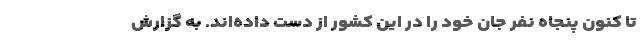
تا کنون پنجاه نفر جان خود را در این کشور از دست داده‌اند. به گزارش